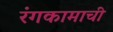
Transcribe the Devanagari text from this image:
रंगकामाची